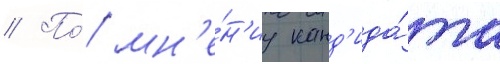
// По́ мн'е́н'иу канд'ида́та